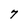
Character: 7